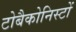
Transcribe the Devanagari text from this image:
टोबैकोनिस्टों